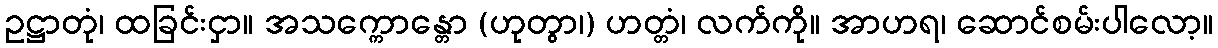
ဥဋ္ဌာတုံ၊ ထခြင်းငှာ။ အသက္ကောန္တော (ဟုတွာ၊) ဟတ္တံ၊ လက်ကို။ အာဟရ၊ ဆောင်စမ်းပါလော့။